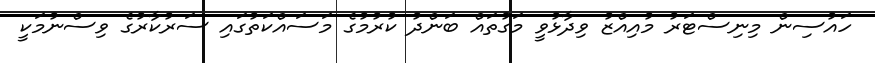
ހައުސިން މިނިސްޓަރު މުއިއްޒު ވިދާޅުވީ މަގުތައް ބަންދު ކުރުމުގެ މަސައްކަތުގައި ސަރުކާރުގެ ވިސްނުމަކީ